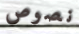
نصوص